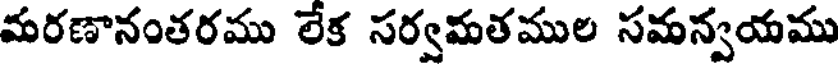
మరణానంతరము లేక సర్వమతముల సమన్వయము